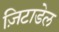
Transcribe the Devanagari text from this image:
ज़िटाडेल